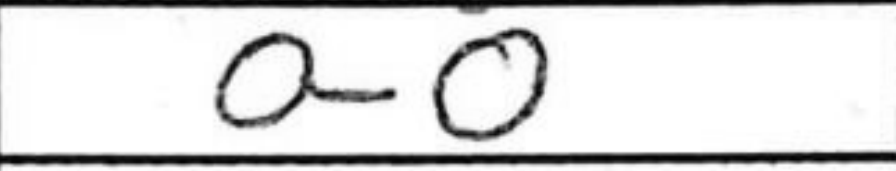
Transcription: O-O